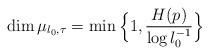
LaTeX: \begin{align*}\dim\mu_{\l_0,\tau}=\min\Big\{1,\frac{H(p)}{\log\l_0^{-1}}\Big\}\end{align*}